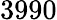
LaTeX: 3990